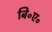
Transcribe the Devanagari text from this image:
बि॰ए॰